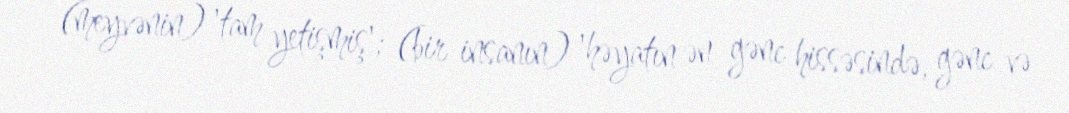
(meyvənin) 'tam yetişmiş'; (bir insanın) 'həyatın ən gənc hissəsində, gənc və